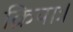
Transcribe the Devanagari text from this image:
क्रियाः।